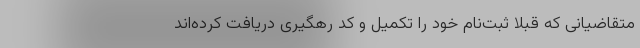
متقاضیانی که قبلاً ثبت‌نام خود را تکمیل و کد رهگیری دریافت کرده‌اند